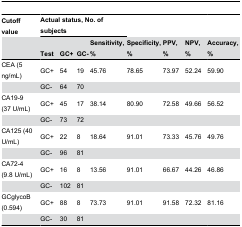
<table><thead><tr><td><b>Cutoff value</b></td><td colspan="4"><b>Actual status, No. of subjects</b></td><td></td><td></td><td></td><td></td></tr><tr><td></td><td><b>Test</b></td><td><b>GC+</b></td><td><b>GC-</b></td><td><b>Sensitivity, %</b></td><td><b>Specificity, %</b></td><td><b>PPV, %</b></td><td><b>NPV, %</b></td><td><b>Accuracy, %</b></td></tr></thead><tbody><tr><td>CEA (5 ng/mL)</td><td>GC+</td><td>54</td><td>19</td><td>45.76</td><td>78.65</td><td>73.97</td><td>52.24</td><td>59.90</td></tr><tr><td></td><td>GC-</td><td>64</td><td>70</td><td></td><td></td><td></td><td></td><td></td></tr><tr><td>CA19-9 (37 U/mL)</td><td>GC+</td><td>45</td><td>17</td><td>38.14</td><td>80.90</td><td>72.58</td><td>49.66</td><td>56.52</td></tr><tr><td></td><td>GC-</td><td>73</td><td>72</td><td></td><td></td><td></td><td></td><td></td></tr><tr><td>CA125 (40 U/mL)</td><td>GC+</td><td>22</td><td>8</td><td>18.64</td><td>91.01</td><td>73.33</td><td>45.76</td><td>49.76</td></tr><tr><td></td><td>GC-</td><td>96</td><td>81</td><td></td><td></td><td></td><td></td><td></td></tr><tr><td>CA72-4 (9.8 U/mL)</td><td>GC+</td><td>16</td><td>8</td><td>13.56</td><td>91.01</td><td>66.67</td><td>44.26</td><td>46.86</td></tr><tr><td></td><td>GC-</td><td>102</td><td>81</td><td></td><td></td><td></td><td></td><td></td></tr><tr><td>GCglycoB (0.594)</td><td>GC+</td><td>88</td><td>8</td><td>73.73</td><td>91.01</td><td>91.58</td><td>72.32</td><td>81.16</td></tr><tr><td></td><td>GC-</td><td>30</td><td>81</td><td></td><td></td><td></td><td></td><td></td></tr></tbody></table>